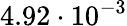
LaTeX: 4.92\cdot 10^{-3}